Annual report of the Imperial Bacteriologist
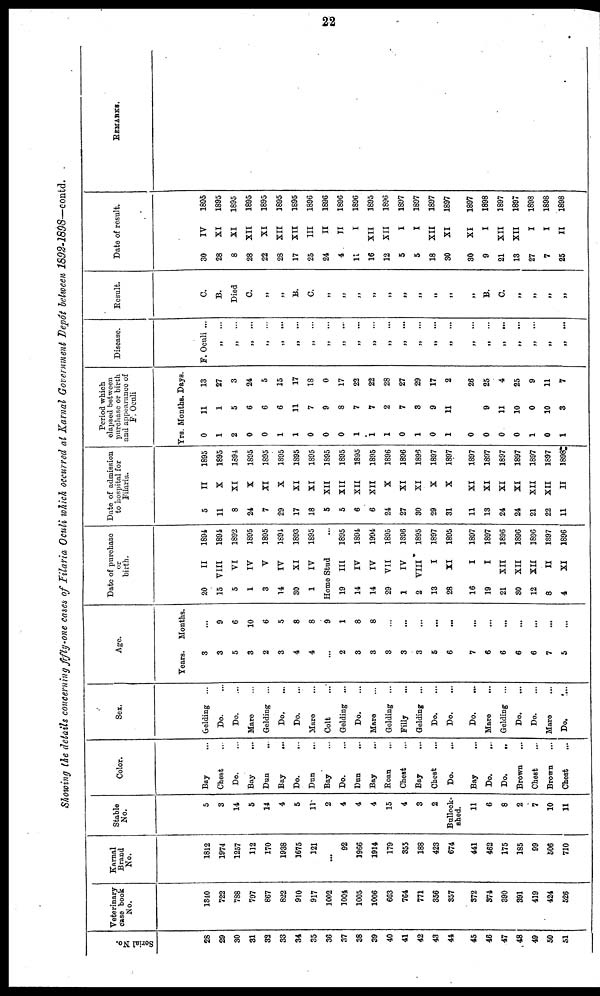
22
Showing the details concerning fifty-one cases of Filaria Oculi which occurred at Karnal Government Depôt between 1892-1898—contd.
Serial No.
28
29
30
31
32
33
34
35
36
37
38
39
40
41
42
43
44
45
46
47
48
49
50
51
Veterinary
case book
No.
1340
722
738
797
867
822
910
917
1002
1004
1005
1006
663
764
771
356
357
372
374
390
391
419
424
526
Karnal
Brand
No.
1812
1974
1257
112
170
1938
1675
121
...
92
1966
1914
179
355
188
423
674
441
462
175
185
99
506
710
Stable
No.
5
3
14
5
14
4
5
11
2
4
4
4
15
4
3
2
Bullock-
shed.
11
6
8
2
7
10
11
Color.
Bay ...
Chest ...
Do. ...
Bay
...
Dun
...
Bay
...
Do. ...
Dun ...
Bay ...
Do. ...
Dun ...
Bay ...
Roan
...
Chest ...
Bay ...
Chest ...
Do. ...
Bay ...
Do. ...
Do.
..
Brown ...
Chest ...
Brown ...
Chest ...
Sex.
Gelding ...
Do. ...
Do. ...
Mare ...
Gelding ...
Do. ...
Do.
...
Mare ...
Colt ...
Gelding ...
Do. ...
Mare ...
Gelding ...
Filly ...
Gelding ...
Do. ...
Do. ...
Do. ...
Mare
...
Gelding ...
Do. ...
Do. ...
Mare ...
Do.
...
Age.
Years.
3
3
5
3
2
3
4
4
...
2
3
3
3
3
3
5
6
7
6
6
6
6
7
5
Months.
...
9
6
10
6
5
8
8
9
1
8
8
...
...
...
...
...
...
...
...
...
...
...
...
Date of purchase
or
birth.
20
15
5
1
3
14
30
1
Home
19
14
14
29
1
2 V
13
28
16
19
21
30
12
8
4
II
VIII
VI
IV
V
IV
XI
IV
Stud ...
III
IV
IV
VII
IV
III
I
XI
I
I
XII
XII
XII
II
XI
1894
1894
1892
1895
1895
1894
1893
1895
1895
1894
1994
1895
1896
1895
1897
1895
1897
1897
1896
1896
1896
1897
1896
Date of admission
to hospital for
Filaria.
5
11
8
24
7
29
17
18
5
5
6
6
24
27
30
29
31
11
13
24
24
21
22
11
II
X
XI
X
XI
X
XI
XI
XII
XII
XII
XII
X
XI
XI
X
X
XI
XI
XI
XI
XII
XII
II
1895
1895
1894
1895
1895
1895
1895
1895
1895
1895
1895
1895
1896
1896
1896
1897
1897
1897
1897
1897
1897
1897
1897
1898
Period which
elapsed between
purchase or birth
and appearance of
F Oculi.
Yrs.
0
1
2
0
0
1
1
0
0
0
1
1
1
0
1
0
1
0
0
0
0
1
0
1
Months.
11
1
5
6
6
6
11
7
9
8
7
7
2
7
3
9
11
9
11
10
0
10
3
Days.
13
27
3
24
5
15
17
18
0
17
22
22
28
27
29
17
2
26
25
4
25
9
11
7
Disease.
F. Oculi ...
„
...
„ ...
„
...
„
...
„ ...
„
...
„ ...
„ ...
„ ...
„ ...
„
...
„
...
„
...
„
...
„
...
„
...
„ ...
„
...
„ ...
„ ...
„
...
„
„
...
Result.
C.
B.
Died
C.
„
„
B.
C.
„
„
„
„
„
„
„
„
„
„
B.
C.
„
„
„
„
Date of result.
30
28
8
28
22
28
17
25
24
4
11
16
12
5
5
18
30
30
9
21
13
27
7
25
IV
XI
XI
XII
XI
XII
XII
III
II
II
I
XII
XII
I
I
XII
XI
XI
I
XII
XII
I
I
II
1895
1895
1895
1895
1895
1895
1895
1896
1896
1896
1896
1895
1896
1897
1897
1897
1897
1897
1898
1897
1897
1898
1898
1898
REMARKS.